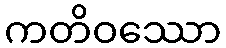
ကတိဝဿော